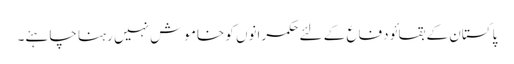
پاکستان کے بقا ئو دفاع کے لئے حکمرانوں کو خاموش نہیں رہنا چاہئے۔